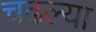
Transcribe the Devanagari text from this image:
चढल्या